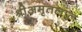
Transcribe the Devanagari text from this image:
श्रीअमृतलाल